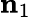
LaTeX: \mathbf{n}_{1}